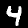
Label: 4